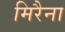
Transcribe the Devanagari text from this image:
मिरैना